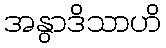
အနွာဒိသာဟိ